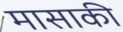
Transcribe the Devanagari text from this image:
मासाकी